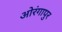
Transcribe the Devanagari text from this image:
ओरंगापुर